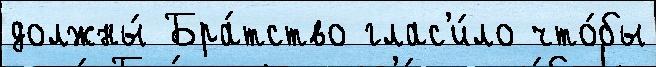
должны́ Бра́тство глас'и́ло что́бы